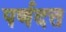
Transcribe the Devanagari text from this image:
पर्णदत्त